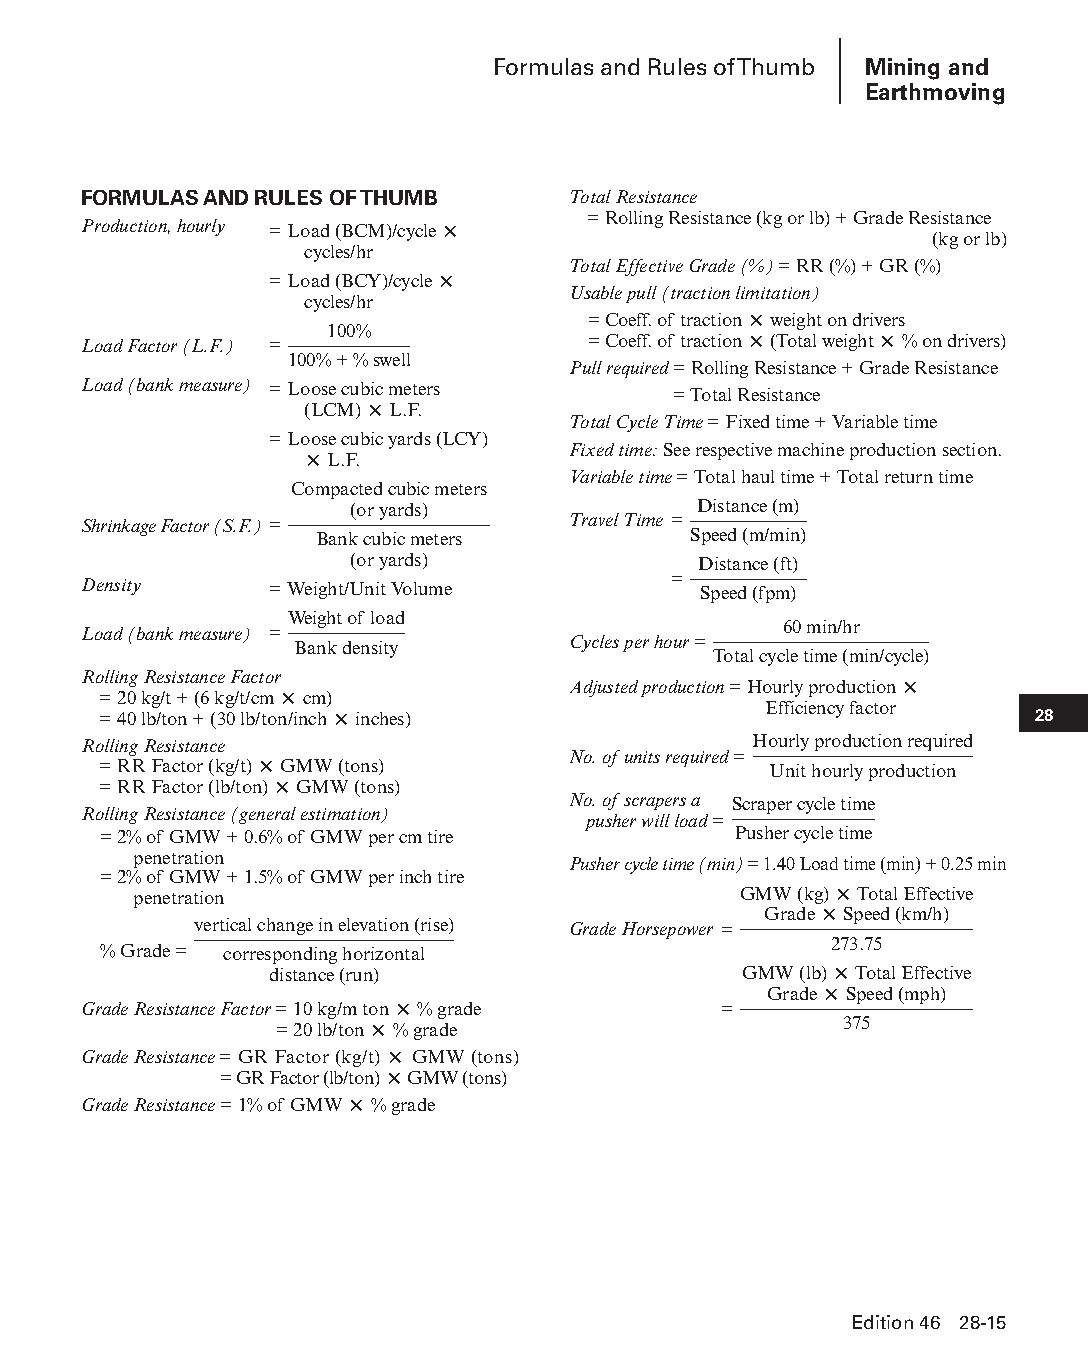
Formulas and Rules of Thumb Mining and
 Earthmoving
 FORMULAS AND RULES OF THUMB     Total Resistance
 = Rolling Resistance (kg or lb) + Grade Resistance
 Production, hourly = Load (BCM)/cycle ×
 (kg or lb)
 cycles/hr
 Total Effective Grade (%) = RR (%) + GR (%)
 = Load (BCY)/cycle ×
 Usable pull (traction limitation)
 cycles/hr
 = Coeff. of traction × weight on drivers
 Load Factor (L.F.) = 100%        = Coeff. of traction × (Total weight × % on drivers)
 100% + % swell
 Pull required = Rolling Resistance + Grade Resistance
 Load (bank measure) = Loose cubic meters Pull required = Total Resistance
 (LCM) × L.F.
 Total Cycle Time = Fixed time + Variable time
 = Loose cubic yards (LCY)
 × L.F.           Fixed time: See respective machine production section.
 Variable time = Total haul time + Total return time
 Compacted cubic meters
 (or yards)            Distance (m)
 Shrinkage Factor (S.F.) =       Travel Time =
 Bank cubic meters        Speed (m/min)
 (or yards)             Distance (ft)
 Density     =Weight/Unit Volume        = Speed (fpm)
 Weight of load
 Load (bank measure) =                         60 min/hr
 Bank density      Cycles per hour =
 Total cycle time (min/cycle)
 R o =ll i 2n 0g kR ge /s ti s +t a (n 6c ke g F /ta /c ct mor × cm) Adjusted production = H ourly production ×
 = 40 lb/ton + (30 lb/ton/inch × inches)     Efficiency factor 28
 Rolling Resistance                          Hourly production required
 = RR Factor (kg/t) × GMW (tons) No. of units required = Unit hourly production
 = RR Factor (lb/ton) × GMW (tons)
 No. of scrapers a Scraper cycle time
 Rolling Resistance (general estimation)
 pusher will load =
 = 2% of GMW + 0.6% of GMW per cm tire     Pusher cycle time
 penetration                  Pusher cycle time (min) = 1.40 Load time (min) + 0.25 min
 = 2% of GMW + 1.5% of GMW per inch tire
 penetration                             GMW (kg) × Total Effective
 Grade × Speed (km/h)
 vertical change in elevation (rise) Grade Horsepower =
 273.75
 % Grade = corresponding horizontal
 distance (run)                 GMW (lb) × Total Effective
 Grade × Speed (mph)
 Grade Resistance Factor = 10 kg/m ton × % grade =
 = 20 lb/ton × % grade                375
 Grade Resistance = GR Factor (kg/t) × GMW (tons)
 = GR Factor (lb/ton) × GMW (tons)
 Grade Resistance = 1% of GMW × % grade
 Edition 46 28-15
 PPHHBB--SSeecc2288--1166..iinndddd 1155                        1122//44//1155 1111::2200 AAMM